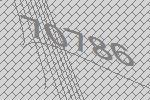
70786